Indian journal of veterinary science and animal husbandry - Volume 1,
Year: 1931
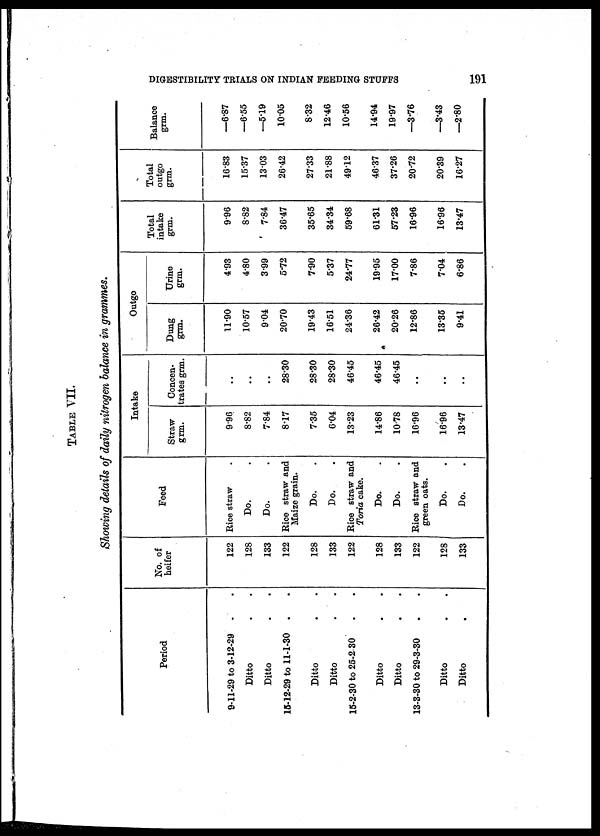
DIGESTIBILITY TRIALS ON INDIAN FEEDING STUFFS
191
TABLE VII.
Showing details of daily nitrogen balance in grammes.
Period
9-11-29 to 3-12-29
.
Ditto
Ditto
15-12-29 to 11-1-30
.
Ditto
Ditto
15-2-30 to 25-2-30
Ditto
Ditto
13-3-30 to 29-3-30
Ditto
Ditto
No. of
heifer
122
128
133
122
128
133
122
128
133
122
128
133
Feed
Rice straw
Do.
Do.
Rice straw and
Maize grain.
Do.
Do.
Rice straw and
Toria cake.
Do.
Do.
Rice straw and
green oats.
Do.
Do.
Intake
Straw
grm.
9.96
8.82
7.84
8.17
7.35
6.04
13.23
14.86
10.78
16.96
16.96
13.47
Concen-
trates grm.
..
..
..
28.30
28.30
28.30
46.45
46.45
46.45
..
..
..
Outgo
Dung
grm.
11.90
10.57
9.04
20.70
19.43
16.51
24.36
26.42
20.26
12.86
13.35
9.41
Urine
grm.
4.93
4.80
3.99
5.72
7.90
5.37
24.77
19.95
17.00
7.86
7.04
6.86
Total
intake
grm.
9.96
8.82
7.84
36.47
35.65
34.34
59.68
61.31
57.23
16.96
16.96
13.47
Total
outgo
grm.
16.83
15.37
13.03
26.42
27.33
21.88
49.12
46.37
37.26
20.72
20.39
16.27
Balance
grm.
—6.87
—6.55
—5.19
10.05
8.32
12.46
10.56
14.94
19.97
—3.76
—3.43
—2.80